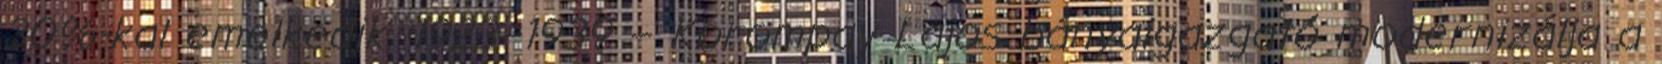
30%-kal emelkedik. 1923–1939 – Korompay Lajos bányaigazgató modernizálja a